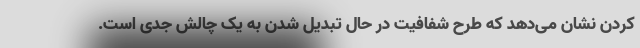
کردن نشان می‌دهد که طرح شفافیت در حال تبدیل شدن به یک چالش جدی است.